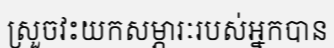
ស្រួចវះយកសម្ភារៈរបស់អ្នកបាន